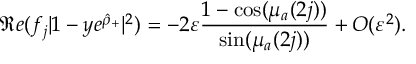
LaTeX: \Re e ( f _ { j } | 1 - y e ^ { \hat { \rho } _ { + } } | ^ { 2 } ) = - 2 \varepsilon \frac { 1 - \cos ( \mu _ { a } ( 2 j ) ) } { \sin ( \mu _ { a } ( 2 j ) ) } + O ( \varepsilon ^ { 2 } ) .